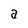
Character: a